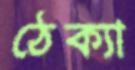
ঠেক্যা